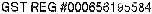
GST REG #000656195584